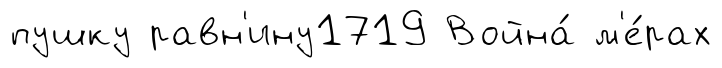
пушку равн'ину1719 Война́ м'е́рах